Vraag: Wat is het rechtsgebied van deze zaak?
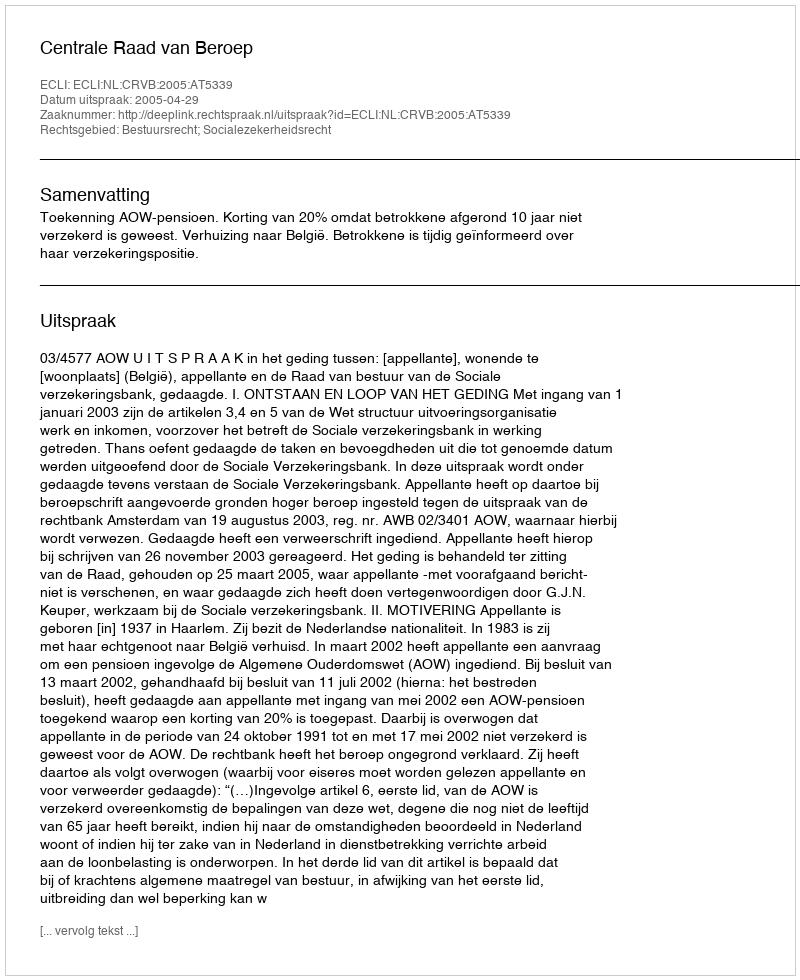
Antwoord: Bestuursrecht; Socialezekerheidsrecht